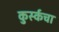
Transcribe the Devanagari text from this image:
कुर्स्कचा